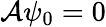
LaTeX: \mathcal{A}\psi_{0}=0